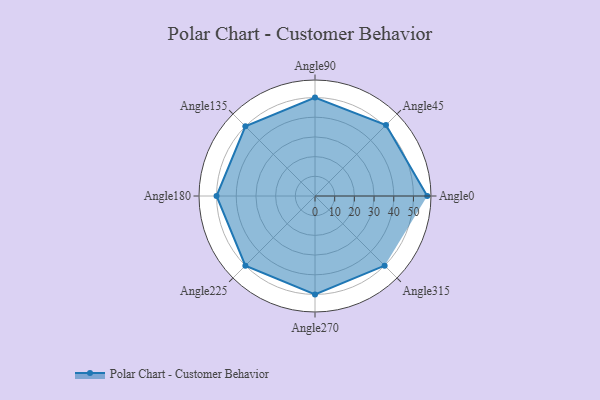
{"axis": {"x": "Angle", "y": "Radius"}, "legend": [""], "data": [{"x": "Angle0", "y": 57.0, "type": ""}, {"x": "Angle45", "y": 51.0, "type": ""}, {"x": "Angle90", "y": 50, "type": ""}, {"x": "Angle135", "y": 50, "type": ""}, {"x": "Angle180", "y": 50, "type": ""}, {"x": "Angle225", "y": 50, "type": ""}, {"x": "Angle270", "y": 50, "type": ""}, {"x": "Angle315", "y": 50, "type": ""}]}